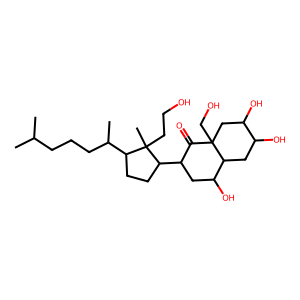
SMILES: CC(C)CCCC(C)C1CCC(C2CC(O)C3CC(O)C(O)CC3(CO)C2=O)C1(C)CCO
Inhibits HIV replication: No